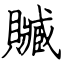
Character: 贓